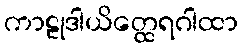
ကာဠုဒါယိတ္ထေရဂါထာ